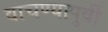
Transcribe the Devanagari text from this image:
वाचण्यापुर्वी